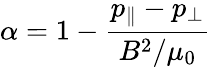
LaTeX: \alpha=1-\frac{p_{\parallel}-p_{\perp}}{B^{2}/\mu_{0}}